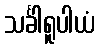
သင်္ခါရူပါယံ